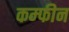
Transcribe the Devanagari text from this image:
कम्फीन